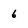
Character: 6